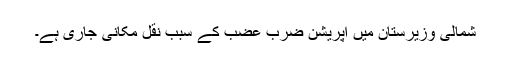
شمالی وزیرستان میں آپریشن ضرب عضب کے سبب نقل مکانی جاری ہے۔